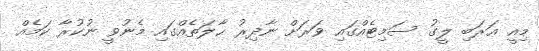
މިއީ ޢަރަބި ލީގު ސަމިޓެއްގައި ވަރަށް ނާދިރު ޙާލަތެއްގައި މެނުވީ ނުކުރާ ކަމެއް